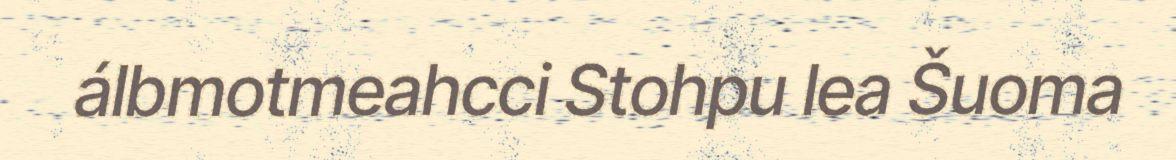
álbmotmeahcci Stohpu lea Šuoma